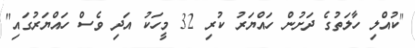
"ކުއްލި ހާލަތުގެ ދަށުން ހައްޔަރު ކުރި 32 މީހަކު އަދި ވެސް ހައްޔަރުގައި"